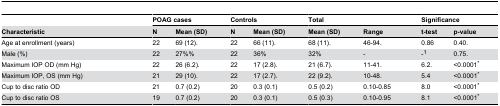
|  | <COLSPAN=2> POAG cases | <COLSPAN=2> Controls | <COLSPAN=2> Total | <COLSPAN=2> Significance |
 | Characteristic | N | Mean (SD) | N | Mean (SD) | Mean (SD) | Range | t-test | p-value |
 | --- | --- | --- | --- | --- | --- | --- | --- | --- |
 | Age at enrollment (years) | 22 | 69 (12). | 22 | 66 (11). | 68 (11). | 46-94. | 0.86 | 0.40. |
 | Male (%) | 22 | 27%% | 22 | 36% | 32% | - | -1 | 0.75. |
 | Maximum IOP OD (mm Hg) | 22 | 26 (6.2). | 22 | 17 (2.8). | 21 (6.7). | 11-41. | 6.2. | <0.0001* |
 | Maximum IOP, OS (mm Hg) | 21 | 29 (10). | 22 | 17 (2.7). | 22 (9.2). | 10-48. | 5.4 | <0.0001* |
 | Cup to disc ratio OD | 21 | 0.7 (0.2) | 20 | 0.3 (0.1) | 0.5 (0.2) | 0.10-0.85 | 8.0 | <0.0001* |
 | Cup to disc ratio OS | 19 | 0.7 (0.2) | 20 | 0.3 (0.1) | 0.5 (0.3) | 0.10-0.95 | 8.1 | <0.0001* |